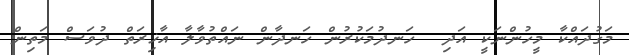
މަގުދައްކާ މީހުންނަކީ އަދި  ހަނދުމަކުރުން ހަނދާން ނައްތުވާލާ އާޚިރަތް ދުވަސް މަތިން